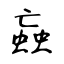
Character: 蝱